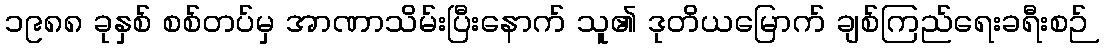
၁၉၈၈ ခုနှစ် စစ်တပ်မှ အာဏာသိမ်းပြီးနောက် သူ၏ ဒုတိယမြောက် ချစ်ကြည်ရေးခရီးစဉ်